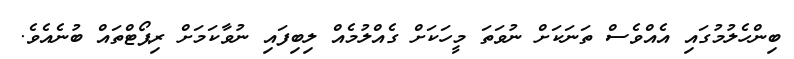
ބިންހެލުމުގައި އެއްވެސް ތަނަކަށް ނުވަތަ މީހަކަށް ގެއްލުމެއް ލިބިފައި ނުވާކަމަށް ރިޕޯޓްތައް ބުނެއެވެ.